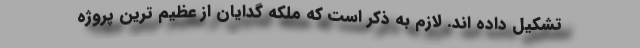
تشکیل داده اند. لازم به ذکر است که ملکه گدایان از عظیم ترین پروژه